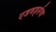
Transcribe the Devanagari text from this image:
एडवर्ड्सचा